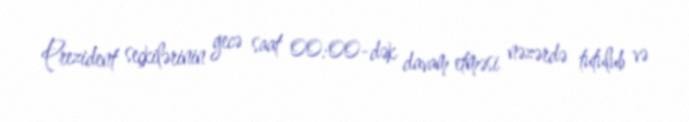
Prezident seçkilərinin gecə saat 00:00-dək davam etməsi nəzərdə tutulub və